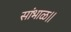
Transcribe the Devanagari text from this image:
सांभाळ।।